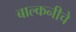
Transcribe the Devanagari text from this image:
बाल्कनीचे